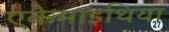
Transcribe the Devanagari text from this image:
एकेमाइथिया